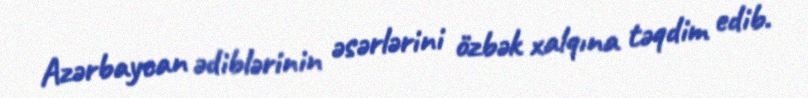
Azərbaycan ədiblərinin əsərlərini özbək xalqına təqdim edib.